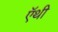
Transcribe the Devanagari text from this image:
ऍथी